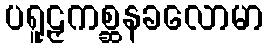
ပရူဠှကစ္ဆနခလောမာ